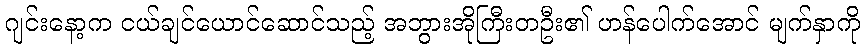
ဂျင်းနော့က ငယ်ချင်ယောင်ဆောင်သည့် အဘွားအိုကြီးတဦး၏ ဟန်ပေါက်အောင် မျက်နှာကို